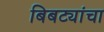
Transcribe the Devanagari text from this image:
बिबट्यांचा